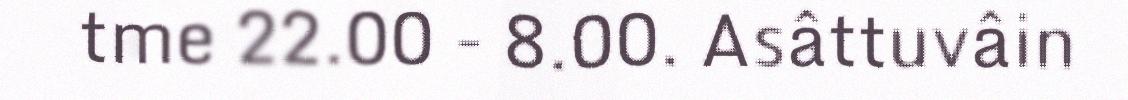
tme 22.00 - 8.00. Asâttuvâin